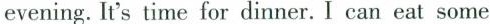
evening. It's time for dinner. I can eat some